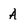
Character: A